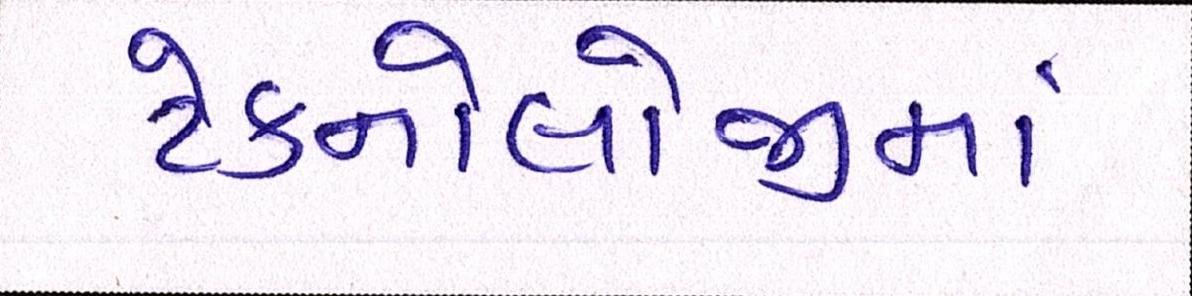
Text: ટેક્નોલોજીમાં